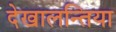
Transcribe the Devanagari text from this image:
देखालन्तिया